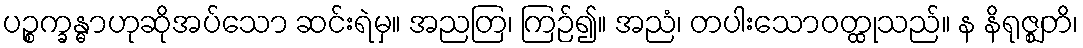
ပဉ္စက္ခန္ဓာဟုဆိုအပ်သော ဆင်းရဲမှ။ အညတြ၊ ကြဉ်၍။ အညံ၊ တပါးသောဝတ္ထုသည်။ န နိရုဇ္ဈတိ၊